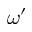
\omega ^ { \prime }